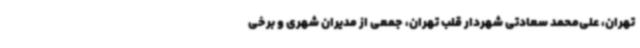
تهران، علی‌محمد سعادتی شهردار قلب تهران، جمعی از مدیران شهری و برخی